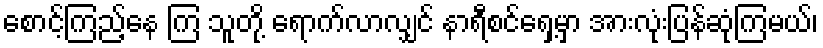
စောင့်ကြည့်နေ ကြ သူတို့ ရောက်လာလျှင် နာရီစင်ရှေ့မှာ အားလုံးပြန်ဆုံကြမယ်၊